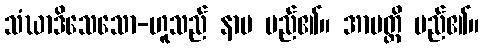
သံဃာဒိသေသော-ဟူသည် နာမ မည်၏။ အာပတ္တိ မည်၏။